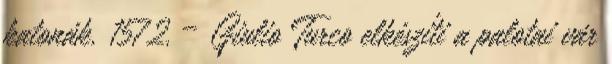
katonák. 1572. – Giulio Turco elkészíti a palotai vár